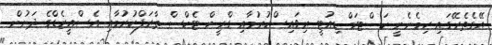
އޭގެތެރޭގައި ހިމެނެނީ ކަސްޓަމް ޑިއުޓީ ރިވައިސްކުރުމާއި ގްރީން ޓެކްސް ތާރަފްކުރުމާއި އެސްއީޒެޑްގެ ދަށުން